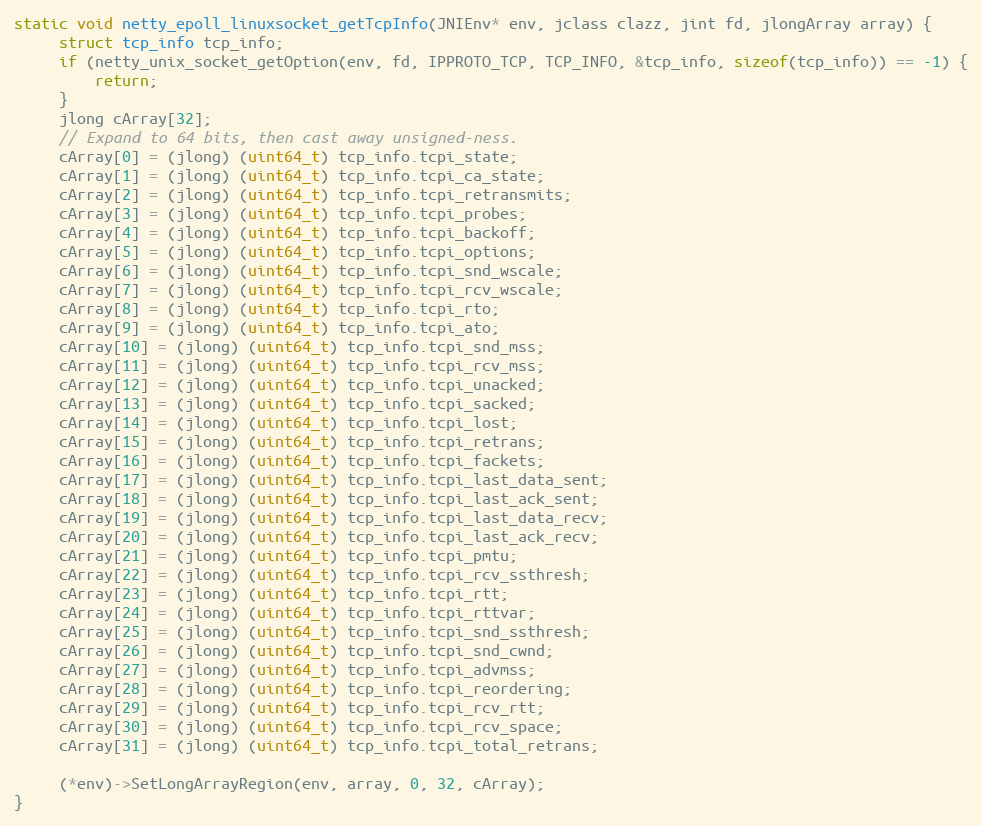
Language: C
static void netty_epoll_linuxsocket_getTcpInfo(JNIEnv* env, jclass clazz, jint fd, jlongArray array) {
     struct tcp_info tcp_info;
     if (netty_unix_socket_getOption(env, fd, IPPROTO_TCP, TCP_INFO, &tcp_info, sizeof(tcp_info)) == -1) {
         return;
     }
     jlong cArray[32];
     // Expand to 64 bits, then cast away unsigned-ness.
     cArray[0] = (jlong) (uint64_t) tcp_info.tcpi_state;
     cArray[1] = (jlong) (uint64_t) tcp_info.tcpi_ca_state;
     cArray[2] = (jlong) (uint64_t) tcp_info.tcpi_retransmits;
     cArray[3] = (jlong) (uint64_t) tcp_info.tcpi_probes;
     cArray[4] = (jlong) (uint64_t) tcp_info.tcpi_backoff;
     cArray[5] = (jlong) (uint64_t) tcp_info.tcpi_options;
     cArray[6] = (jlong) (uint64_t) tcp_info.tcpi_snd_wscale;
     cArray[7] = (jlong) (uint64_t) tcp_info.tcpi_rcv_wscale;
     cArray[8] = (jlong) (uint64_t) tcp_info.tcpi_rto;
     cArray[9] = (jlong) (uint64_t) tcp_info.tcpi_ato;
     cArray[10] = (jlong) (uint64_t) tcp_info.tcpi_snd_mss;
     cArray[11] = (jlong) (uint64_t) tcp_info.tcpi_rcv_mss;
     cArray[12] = (jlong) (uint64_t) tcp_info.tcpi_unacked;
     cArray[13] = (jlong) (uint64_t) tcp_info.tcpi_sacked;
     cArray[14] = (jlong) (uint64_t) tcp_info.tcpi_lost;
     cArray[15] = (jlong) (uint64_t) tcp_info.tcpi_retrans;
     cArray[16] = (jlong) (uint64_t) tcp_info.tcpi_fackets;
     cArray[17] = (jlong) (uint64_t) tcp_info.tcpi_last_data_sent;
     cArray[18] = (jlong) (uint64_t) tcp_info.tcpi_last_ack_sent;
     cArray[19] = (jlong) (uint64_t) tcp_info.tcpi_last_data_recv;
     cArray[20] = (jlong) (uint64_t) tcp_info.tcpi_last_ack_recv;
     cArray[21] = (jlong) (uint64_t) tcp_info.tcpi_pmtu;
     cArray[22] = (jlong) (uint64_t) tcp_info.tcpi_rcv_ssthresh;
     cArray[23] = (jlong) (uint64_t) tcp_info.tcpi_rtt;
     cArray[24] = (jlong) (uint64_t) tcp_info.tcpi_rttvar;
     cArray[25] = (jlong) (uint64_t) tcp_info.tcpi_snd_ssthresh;
     cArray[26] = (jlong) (uint64_t) tcp_info.tcpi_snd_cwnd;
     cArray[27] = (jlong) (uint64_t) tcp_info.tcpi_advmss;
     cArray[28] = (jlong) (uint64_t) tcp_info.tcpi_reordering;
     cArray[29] = (jlong) (uint64_t) tcp_info.tcpi_rcv_rtt;
     cArray[30] = (jlong) (uint64_t) tcp_info.tcpi_rcv_space;
     cArray[31] = (jlong) (uint64_t) tcp_info.tcpi_total_retrans;

     (*env)->SetLongArrayRegion(env, array, 0, 32, cArray);
}